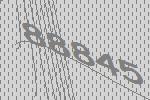
88845